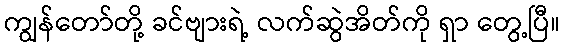
ကျွန်တော်တို့ ခင်ဗျားရဲ့ လက်ဆွဲအိတ်ကို ရှာ တွေ့ပြီ။